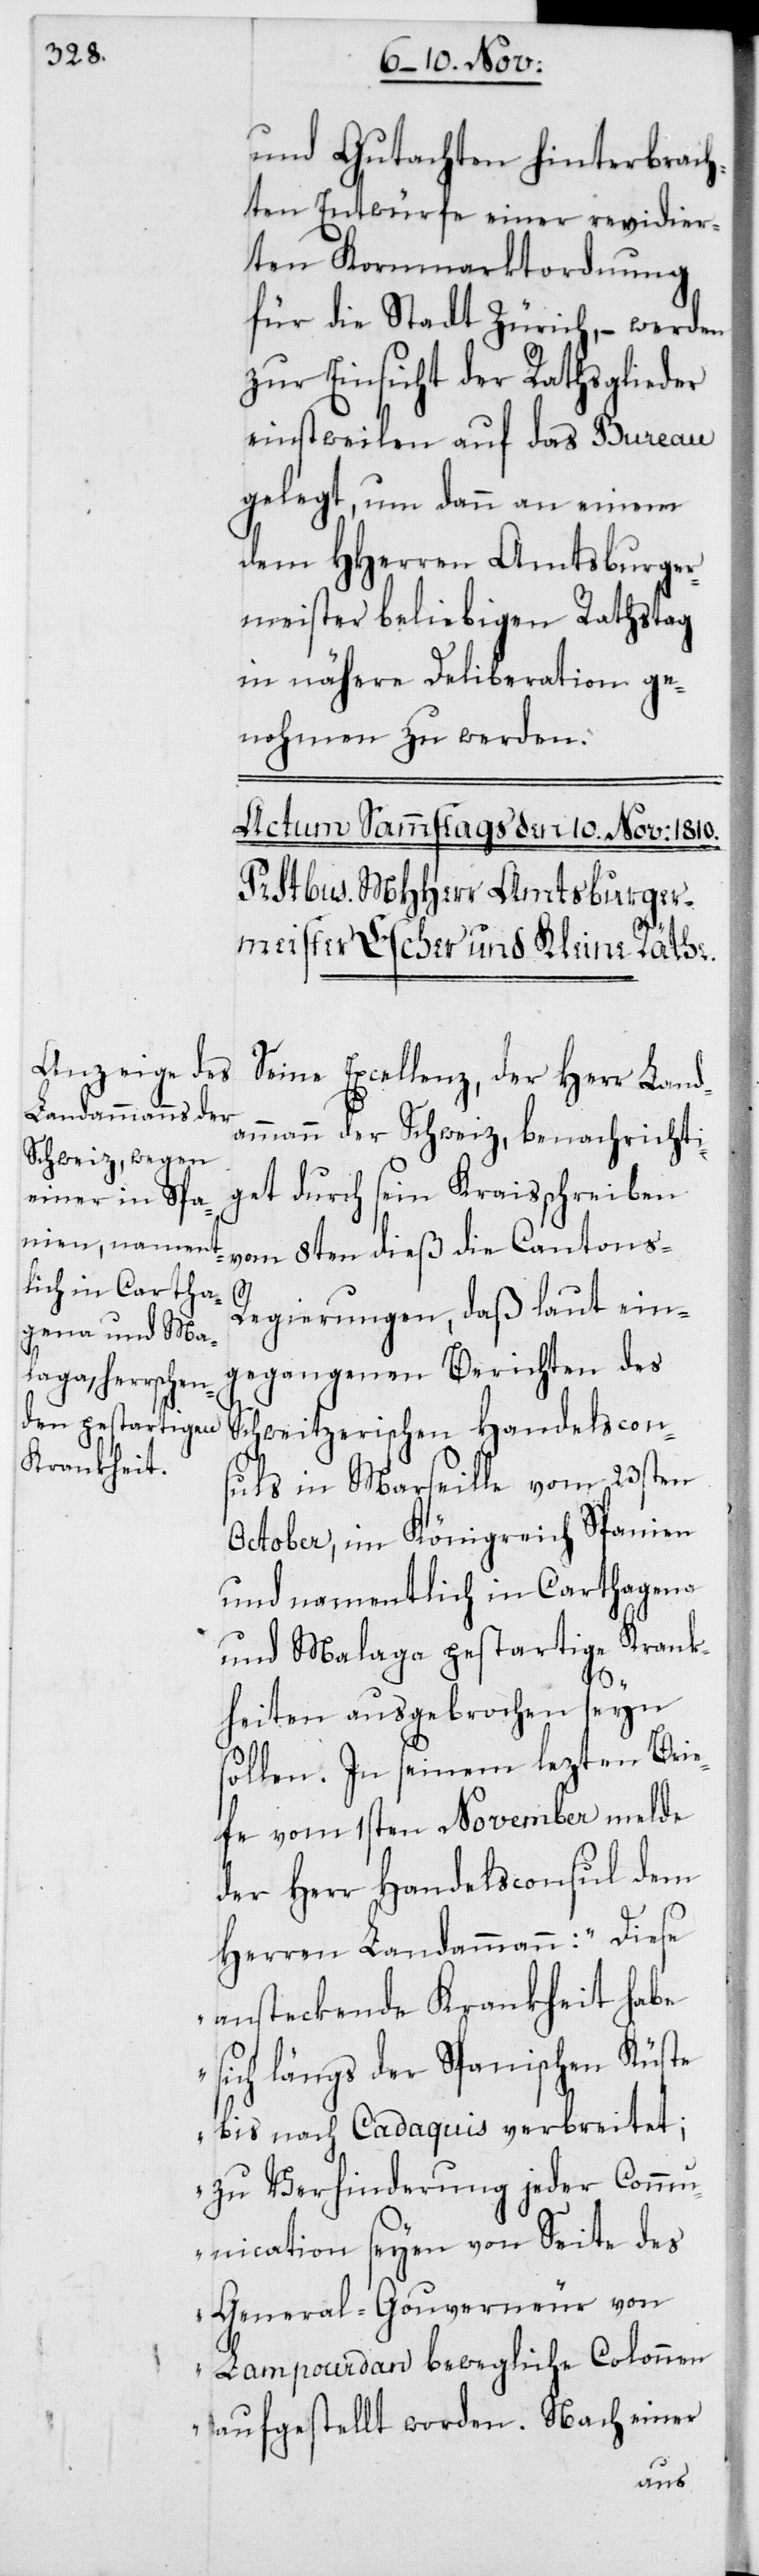
und Gutachten hinterbrach¬
ten Entwürfe einer revidier¬
ten Kornmarkt-Ordnung
für die Stadt Zürich, – werden
zur Einsicht der Rathsglieder
einstweilen auf das Bureau
gelegt, um dann an einem
dem Hherren Amtsburger¬
meister beliebigen Rathstag
in nähere Deliberathion ge¬
nommen zu werden.
Seine Excellenz, der Herr Land¬
ammann der Schweiz, benachrichti¬
get durch sein Kraisschreiben
vom 8ten dieß die Cantons-R¬
egierungen, daß laut ein¬
gegangenen Berichten des
Schweizerischen Handelscon¬
suls in Marseille vom 23sten
October, im Königreich Spanien
und namentlich in Cathagena
und Malaga pestartige Krank¬
heiten ausgebrochen seyn
sollen. In seinem lezten Brie¬
fe vom 1sten November melde
der Herr Handelsconsul dem
Herren Landammann: „Diese
ansteckende Krankheit habe
sich längs der Spanischen Küste
bis nach Cadaquis verbreitet;
zu Verhinderung jeder Comm¬
unication seyen von Seite des
General-Gouverneur von
Lampourdan bewegliche Colonnen
aufgestellt worden. Nach einer